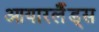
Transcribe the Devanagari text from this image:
आयारर्लैंड्स